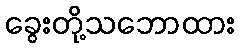
ခွေးတို့သဘောထား